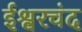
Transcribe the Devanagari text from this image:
ईश्वरचंद